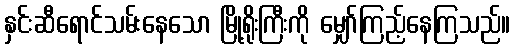
နှင်းဆီရောင်သမ်းနေသော မြို့ရိုးကြီးကို မျှော်ကြည့်နေကြသည်။